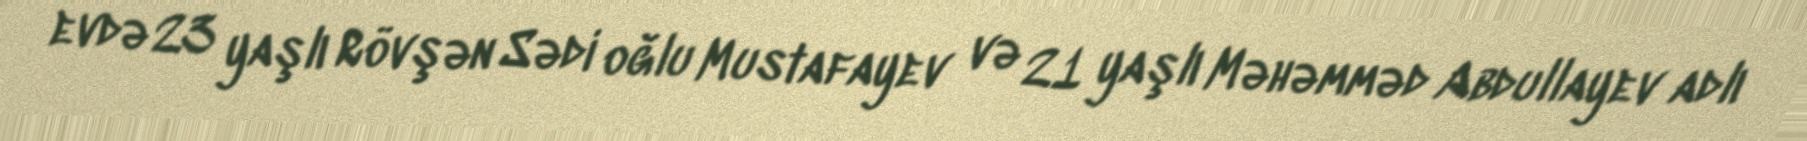
evdə 23 yaşlı Rövşən Sədi oğlu Mustafayev və 21 yaşlı Məhəmməd Abdullayev adlı